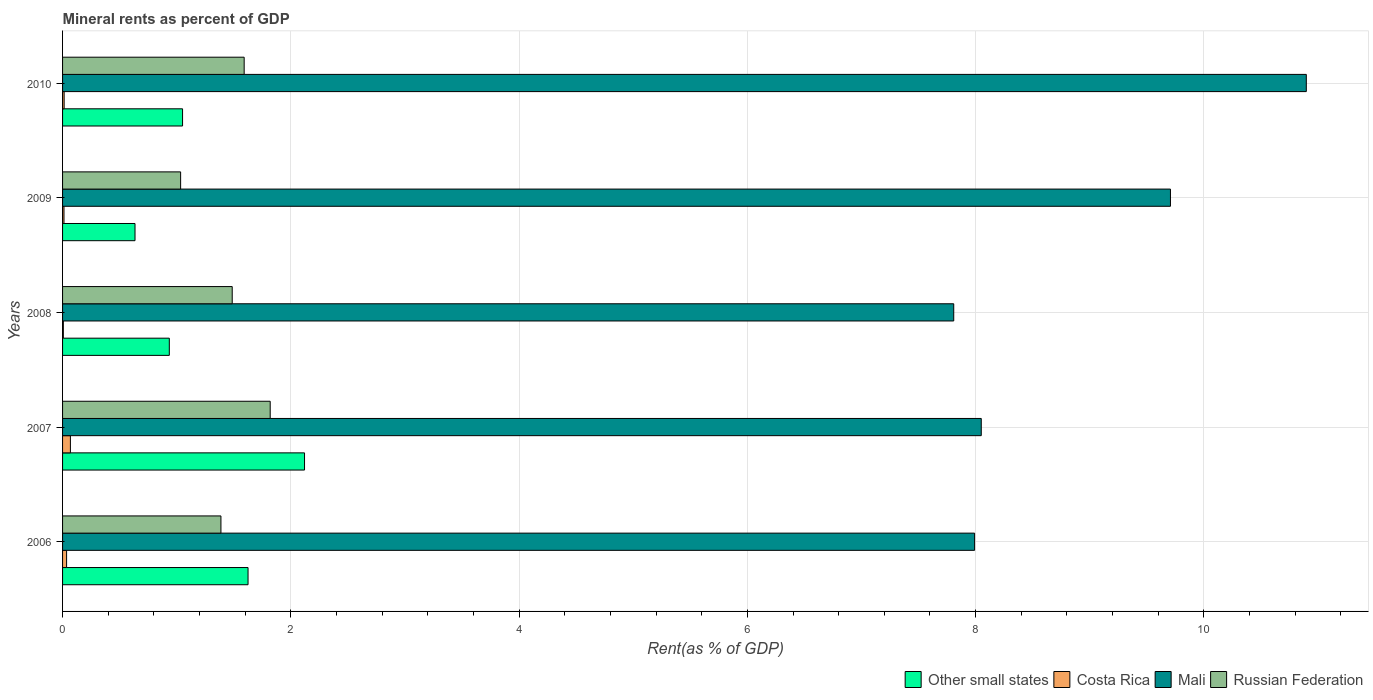
| Years | Other small states | Costa Rica | Mali | Russian Federation |
 | --- | --- | --- | --- | --- |
 | 2006 | 1.63 | 0.0353 | 7.99 | 1.39 |
 | 2007 | 2.12 | 0.0687 | 8.05 | 1.82 |
 | 2008 | 0.935 | 0.00688 | 7.81 | 1.49 |
 | 2009 | 0.635 | 0.0124 | 9.71 | 1.03 |
 | 2010 | 1.05 | 0.0138 | 10.9 | 1.59 |